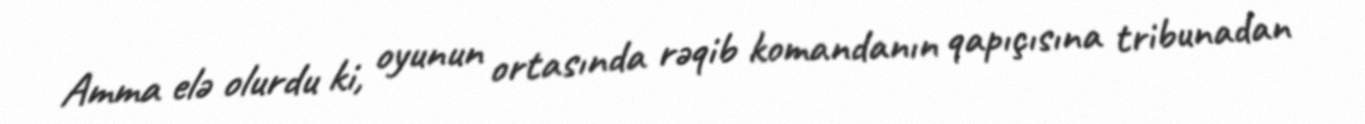
Amma elə olurdu ki, oyunun ortasında rəqib komandanın qapıçısına tribunadan